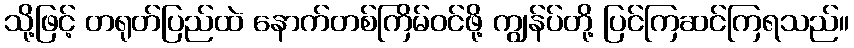
သို့ဖြင့် တရုတ်ပြည်ထဲ နောက်တစ်ကြိမ်ဝင်ဖို့ ကျွန်ပ်တို့ ပြင်ကြဆင်ကြရသည်။